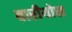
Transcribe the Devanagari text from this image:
बारीयोस